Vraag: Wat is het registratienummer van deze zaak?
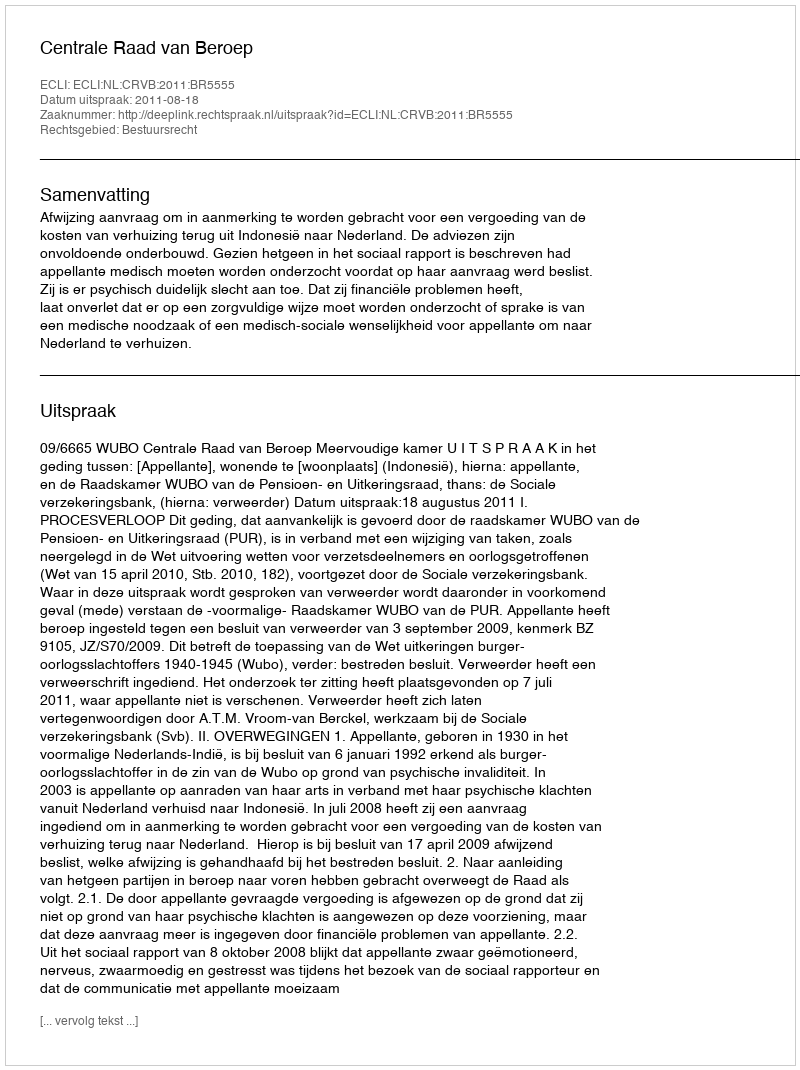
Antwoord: http://deeplink.rechtspraak.nl/uitspraak?id=ECLI:NL:CRVB:2011:BR5555